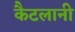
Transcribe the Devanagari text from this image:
कैटलानी